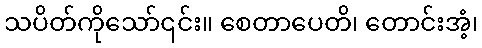
သပိတ်ကိုသော်၎င်း။ စေတာပေတိ၊ တောင်းအံ့၊